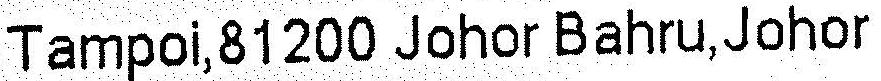
TAMPOI,81200 JOHOR BAHRU,JOHOR